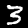
Digit: 3